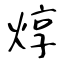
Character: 焞